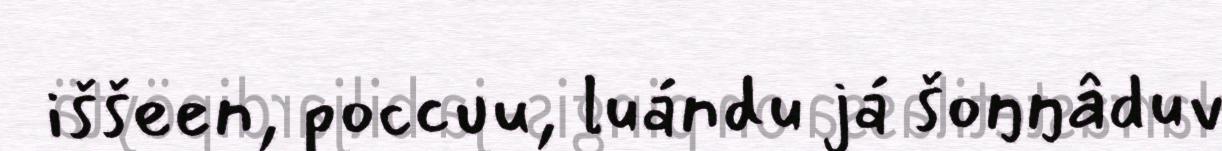
iššeen, poccuu, luándu já šoŋŋâduv